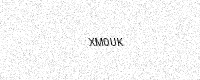
Text: XM0UK